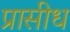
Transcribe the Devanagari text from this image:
प्रासीध